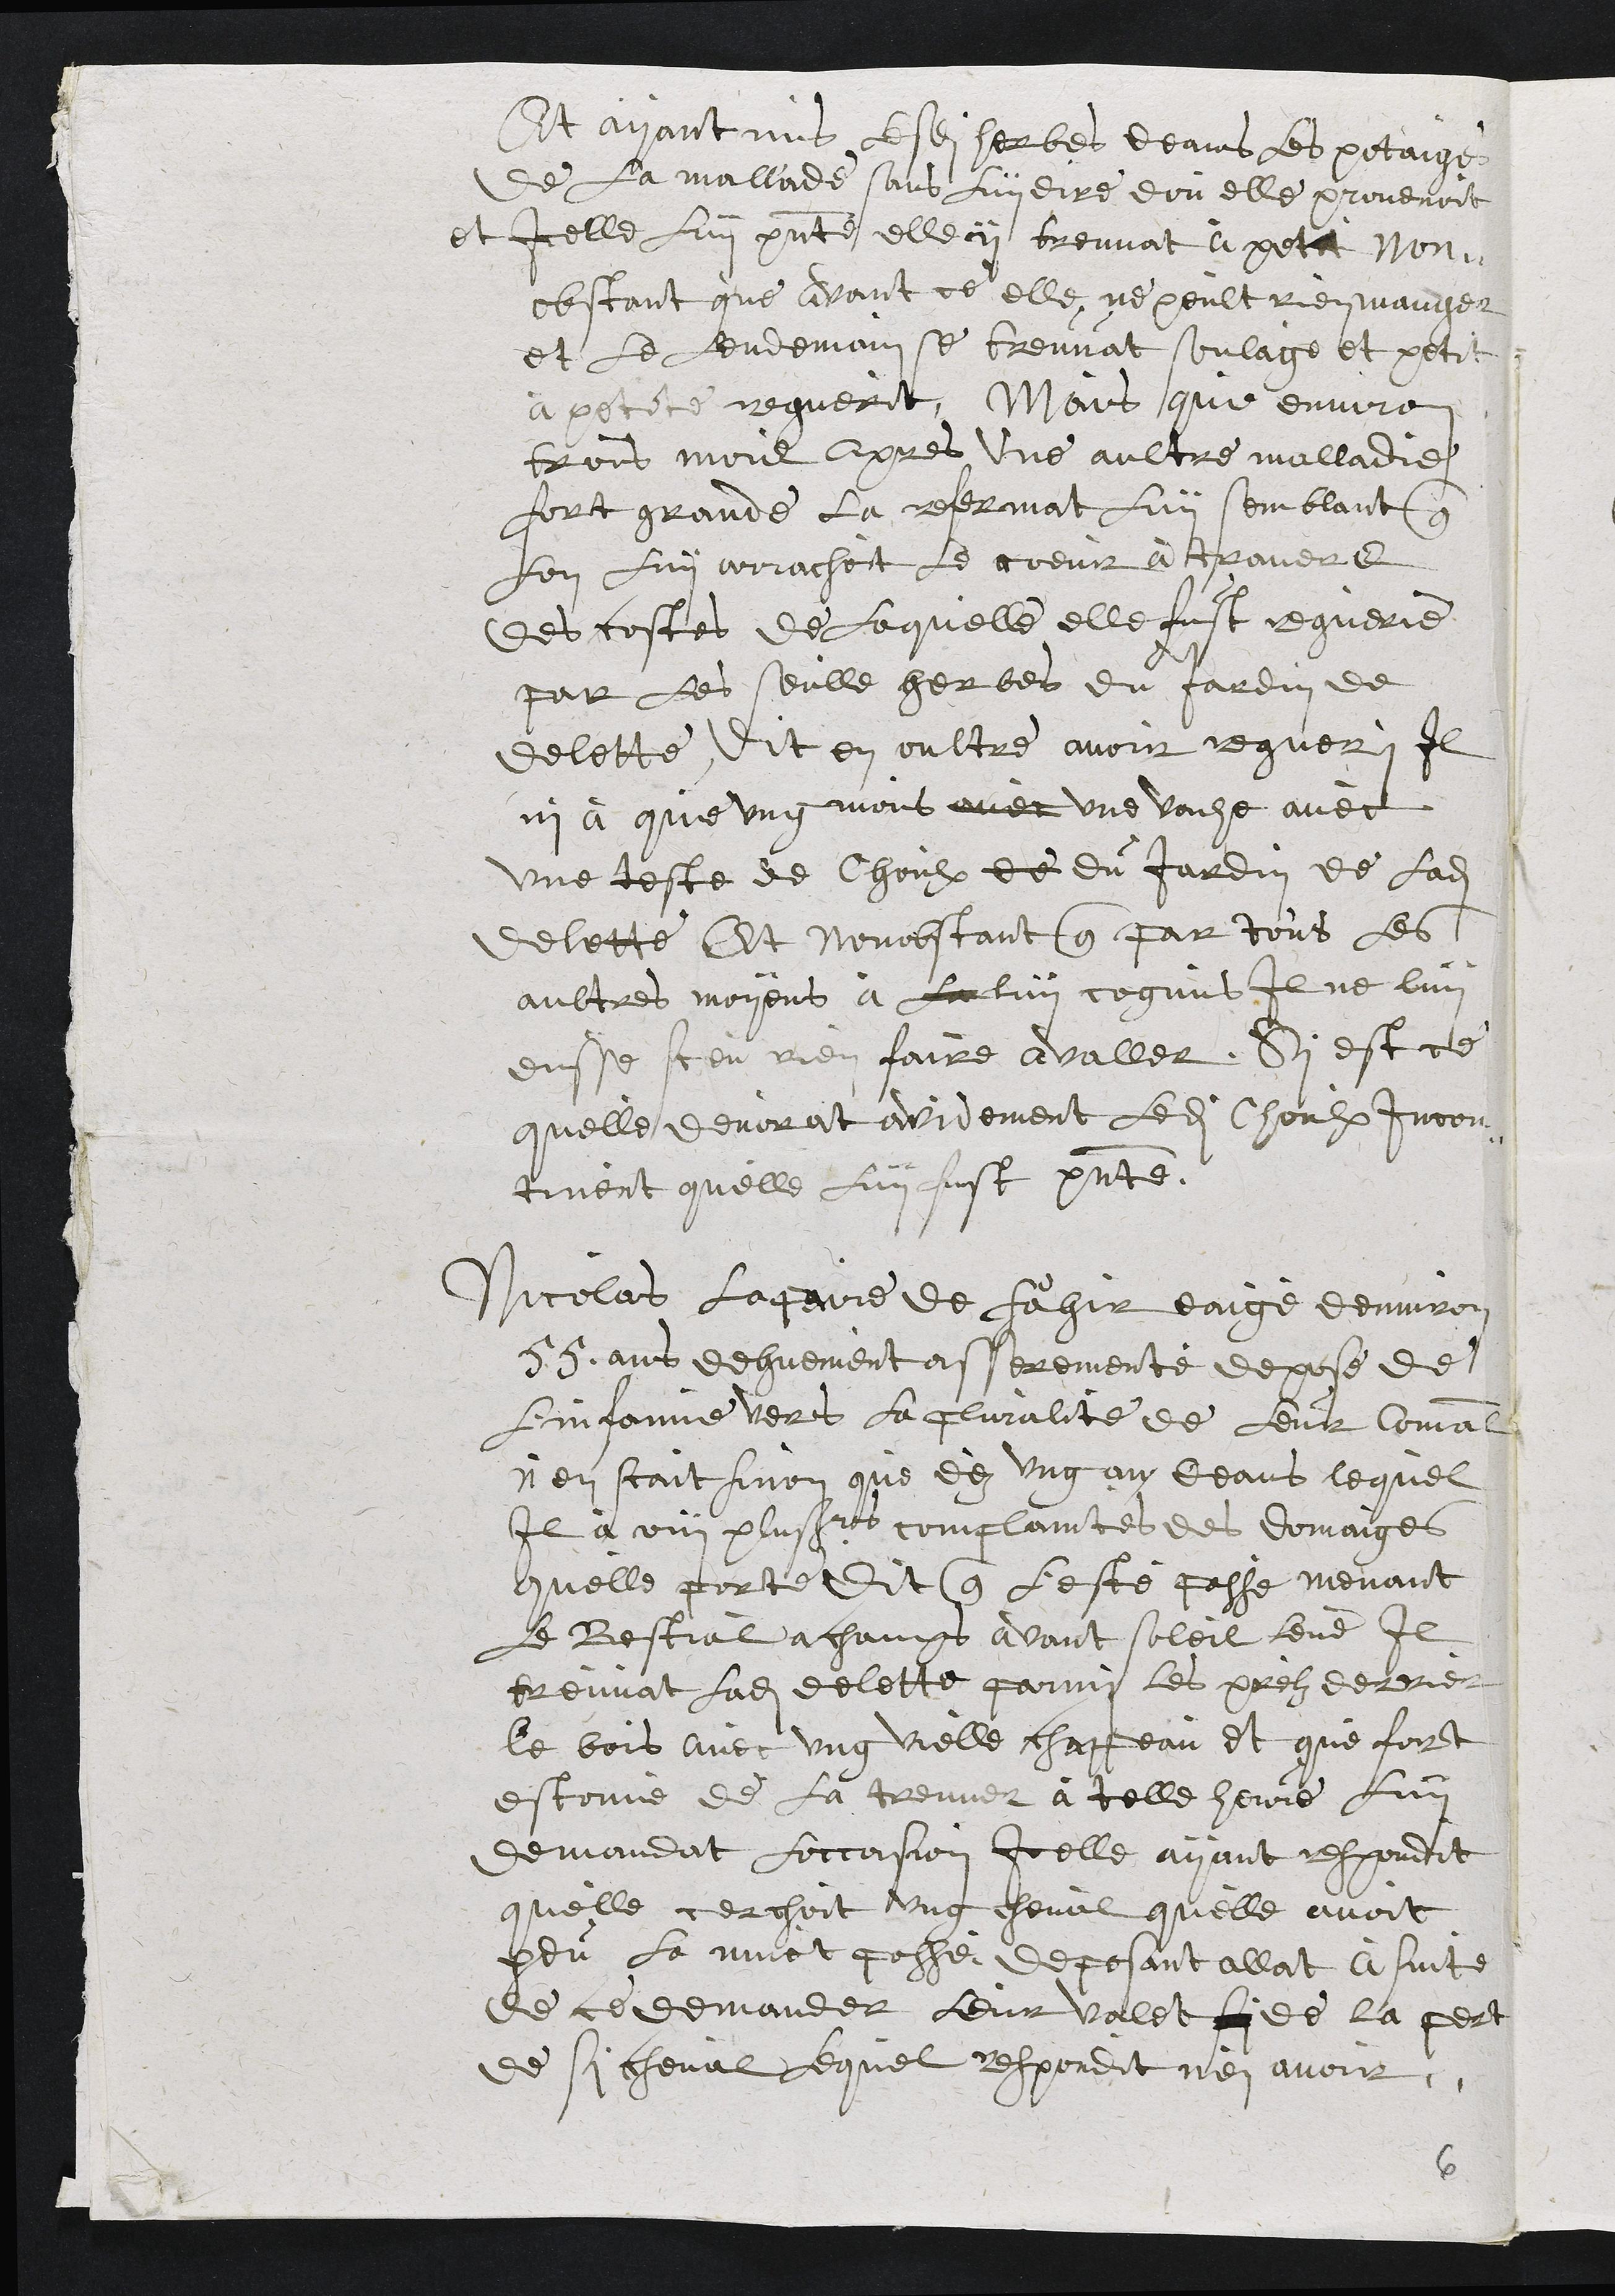
Et ayant mis lesdites herbes deans les potaiges
de la mallade sans luy dire dou elle provenoit
et icelle Lui presente elle y treuvat apetit non¬
obstant que avant ce elle ne peult rien manger
et le lendemain se treuvat soulagé et petit
à petite reguerit, Mais que environ
trois mois apres une aultre malladie
fort grande la refermat luy semblant que
lon luy arrachoit le coeur a travers
des costes de laquelle elle fust reguerie
par les seulle herbes du jardin de
delette. Dit en oultre avoir regueri Il
ni à que ung mois avec une vache avec
une teste de Choulx de du Jardin de ladite
delette Et nonobstant que par tous les
aultres moyens à la luy cognus Il ne luy
eusse sceu rien faire avaller, Sy est ce
quelle devorat avidement ledit Choulx incon¬
tinent quelle luy fust presente.
Nicolas Lapaire de Fahir eaigé denviron
55 ans dehuement asserementé depose de
linfamie vers la pluralite de leur Comal
nen scait sinon que dez ung an deans lequel
Il a ouy plusieurs complaintes des domaiges
quelle porte dit que l'esté passé menant
le Bestial a champs avant soleil leve Il
treuvat ladite delette parmi les prelz derrier
le bois avec ung vielle chappeau et que fort
estonné de la treuver à telle heure luy
demandat loccasion Icelle ayant respondit
quelle cerchoit ung cheval quelle avoit
heu la nuict passé deposant allat à suite
de ce demander leur valet si de la pert
de si cheval lequel respondit n'en avoir